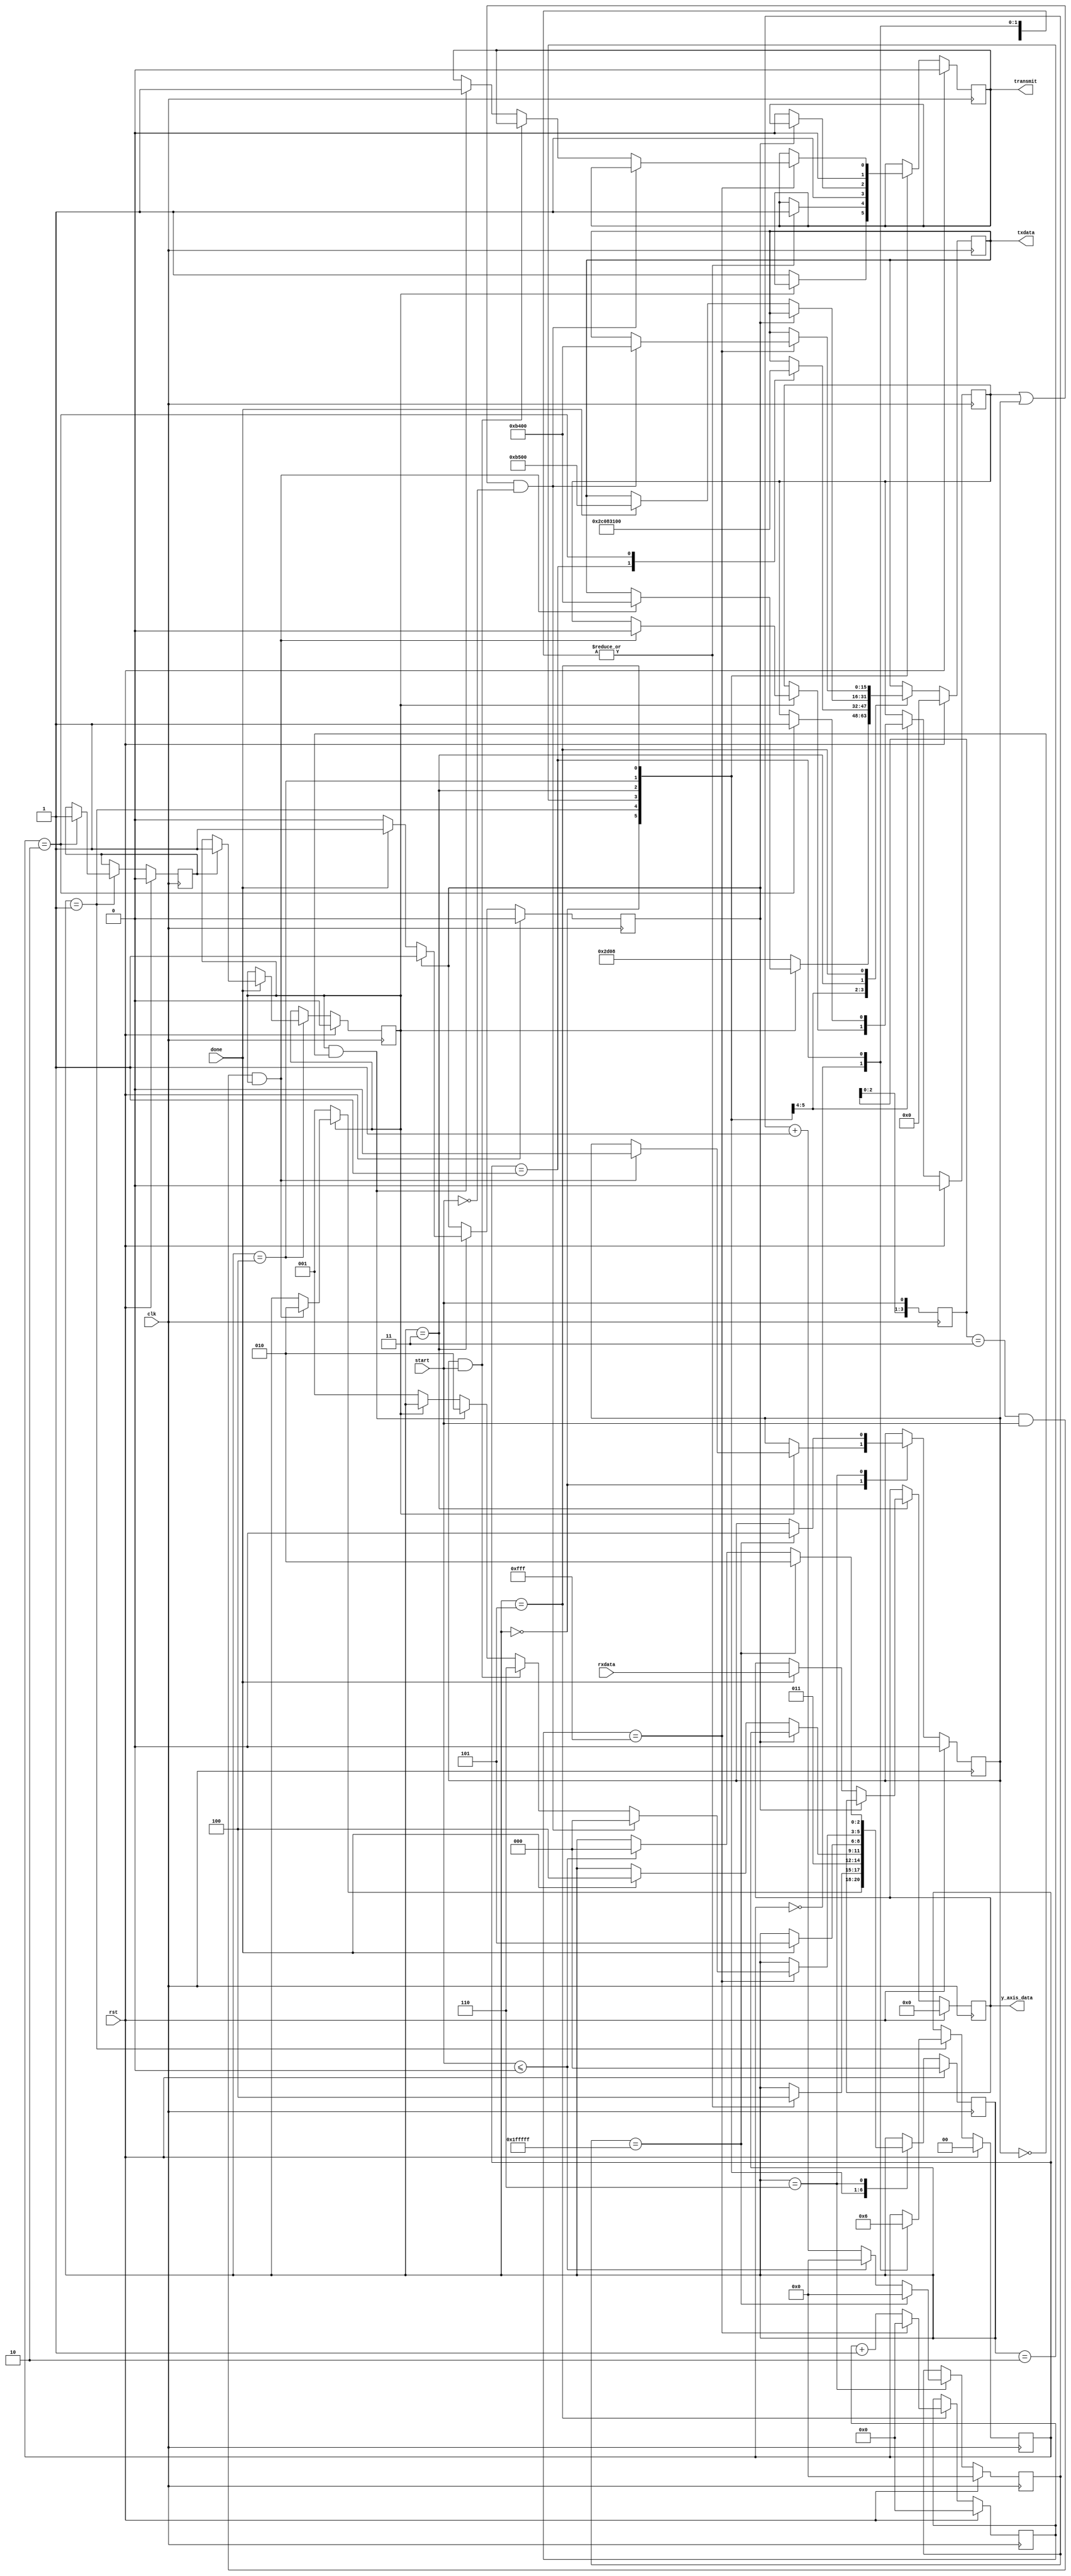
module SPImaster(
   input            rst,            //Reset sinyali
   input            clk,            //FPGA clock 100Mhz
   input            start,
   input            done,           //Tamamlanm iletim sonucu gnderilen sinyal  
   input [7:0]      rxdata,         //Recieve Data
   output reg      transmit,        //iletimin balangc iin gnderilen sinyal
   output reg [15:0]    txdata,     
   output reg [7:0]   y_axis_data   
);

   // Define FSM states
   parameter [2:0]  IDLE = 3'd0,
                    CONFIGURE = 3'd1,
                    TRANSMIT = 3'd2,
                    RECEIVE = 3'd3,
                    FINISH = 3'd4,
                    BREAK = 3'd5,
                    HOLD = 3'd6;

   reg [2:0]        STATE;
   
   parameter [1:0]  data_type_y_axis = 2'd1;

   
   parameter [1:0]  powerCtl = 0,
                    bwRate = 1,
                    dataFORMAT = 2;
   reg [1:0]        CONFIGUREsel;
   
   //Configurasyon Register Yaplandrma
   //POWER_CTL Bits 0x2D
   parameter [15:0] POWER_CTL = 16'h2D08;
   //BW_RATE Bits 0x2C
   parameter [15:0] BW_RATE = 16'h2C08;
   //CONFIG Bits 0x31
   parameter [15:0] DATA_FORMAT = 16'h3100;
   
   //Eksen (Axis) Registerlar, tek baytlk artlarla sadece okuma yapma zerine ayarland
   parameter [15:0] yAxis0 = 16'hB400;		//10110100;
   parameter [15:0] yAxis1 = 16'hB500;		//10110101;
   
   reg [11:0]       break_count;
   reg [20:0]       hold_count;
   reg              end_configure;
   reg              done_configure;
   reg              register_select;
   reg              finish;
   reg              sample_done;
   reg [3:0]        prevstart;
   


		always @(posedge clk)
		begin: spi_masterProcess
			begin
				// Geri Dndrme Balat Butonu
				prevstart <= {prevstart[2:0], start};
				//Reset artlar
				if (rst == 1'b1) begin
					transmit <= 1'b0;
					STATE <= IDLE;
					break_count <= 12'h000;
					hold_count <= 21'b000000000000000000000;
					done_configure <= 1'b0;
					CONFIGUREsel <= powerCtl;
					txdata <= 16'h0000;
					register_select <= 1'b0;
					sample_done <= 1'b0;
					finish <= 1'b0;
					y_axis_data <= 8'b0000000000;
					end_configure <= 1'b0;
				end
				else
					//Main State, genel sistemin ne yapacan seer
					case (STATE)
						IDLE :
							//Sistem Configure edilmemise configure state'e girer
							if (done_configure == 1'b0) begin
								STATE <= CONFIGURE;
								txdata <= POWER_CTL;
								transmit <= 1'b1;
							end
							//Eer configure edilmise, start sinyali geldiinde transmission state'e geer
							else if (prevstart == 4'b0011 & start == 1'b1 & done_configure == 1'b1) begin
								STATE <= TRANSMIT;
								finish <= 1'b0;
								txdata <= yAxis0;
								sample_done <= 1'b0;
							end
						CONFIGURE :
							case (CONFIGUREsel)
								//G kontrol adresini istenen konfigrasyon biti gnderilir
								powerCtl : begin
										STATE <= FINISH;
										CONFIGUREsel <= bwRate;
										transmit <= 1'b1;
									end
								//Band genilii adresini istenen Konfigrasyon biti gnderilir
								bwRate : begin
										txdata <= BW_RATE;
										STATE <= FINISH;
										CONFIGUREsel <= dataFORMAT;
										transmit <= 1'b1;
									end
								//data format adresini istenen konfigrasyon biti gnderilir
								dataFORMAT : begin
										txdata <= DATA_FORMAT;
										STATE <= FINISH;
										transmit <= 1'b1;
										finish <= 1'b1;
										end_configure <= 1'b1;
									end
								default :
									;
							endcase
						
						TRANSMIT :
								begin
									STATE <= RECEIVE;
									transmit <= 1'b1;
								end
											
						//Receive, verilerin spi_master'a akn kontrol eder
						RECEIVE :
									case (register_select)
										1'b0 :
											begin
												transmit <= 1'b0;
												if (done == 1'b1)
												begin
													txdata <= yAxis1;
													y_axis_data[7:0] <= rxdata[7:0];
													register_select <= 1'b1;
													STATE <= FINISH;
												end
											end
									endcase

						
						//FINISH, iletim tamamlandnda Break State geii salar
						FINISH :
							begin
								transmit <= 1'b0;
								if (done == 1'b1)
								begin
									STATE <= BREAK;
									if (end_configure == 1'b1)
										done_configure <= 1'b1;
								end
							end
						
						/*BREAK state, iletimler arasndaki zamanlama gereksinimlerini karlamak iin
						 IDLE state ile arasn gerektiince uzun tutar. BREAK istenirse azaltlabilir*/
						BREAK :
							if (break_count == 12'hFFF)
							begin
								break_count <= 12'h000;
//								balatma ilemi iptal edildiyse (dnglerin
//								istenmeyen ekilde iletilmesini ve alnmasn 
//								nlemek iin) ve biti ile sample_done high ise, 
//								istenen eylemin tamamlandn gsterir
								
								if ((finish == 1'b1 | sample_done == 1'b1) & start == 1'b0)
								begin
									STATE <= IDLE;
									txdata <= yAxis0;
								end
//								Eer done_configure high ve sample_done low ise alm tamamlanmamtr,
//								bu nedenle state TRANSMIT'e geri dner.
								else if (sample_done == 1'b1 & start == 1'b1)
									STATE <= HOLD;
								else if (done_configure == 1'b1 & sample_done == 1'b0)
								begin
									STATE <= TRANSMIT;
									transmit <= 1'b1;
								end
								//Eer sistem konfigrasyon ilemi bitmediyse,
								//dng CONFIGURE state geri dner
								else if (done_configure == 1'b0)
									STATE <= CONFIGURE;
							end
							else
								break_count <= break_count + 1'b1;
						HOLD :
							if (hold_count == 24'h1FFFFF)
							begin
								hold_count <= 21'd0;
								STATE <= TRANSMIT;
								sample_done <= 1'b0;
							end
							else if (start <= 1'b0)
							begin
								STATE <= IDLE;
								hold_count <= 21'd0;
							end
							else begin
								hold_count <= hold_count + 1'b1;
							end
					endcase
			end
		end
   
endmodule